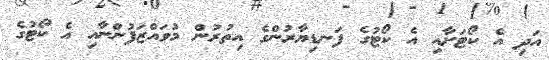
އަދި އެ ކޯޓަށާއި އެ ކޯޓުގެ ފަނޑިޔާރުންގެ އިތުރުން މުވައްޒަފުންނާއި އެ ކޯޓުގެ